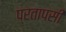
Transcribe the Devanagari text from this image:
प्रतापसी